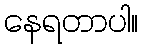
နေရတာပါ။